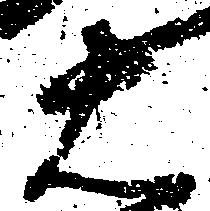
右